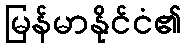
မြန်မာနိုင်ငံ၏